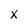
Character: x